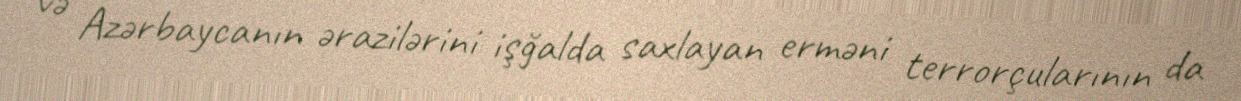
və Azərbaycanın ərazilərini işğalda saxlayan erməni terrorçularının da